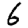
Digit: 6